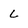
Character: L